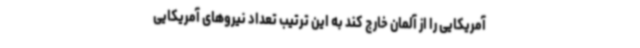
آمریکایی را از آلمان خارج کند به این ترتیب تعداد نیروهای آمریکایی